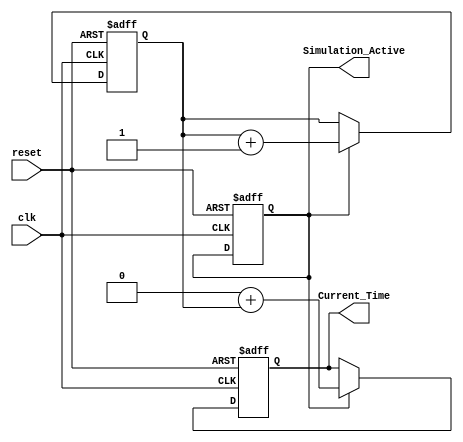
module SimulationTimeInitialization #(
    parameter Start_Time = 0,        // Default start time (in simulation units)
    parameter Time_Resolution = 1     // Default time resolution (e.g., 1 for ms)
)(
    input wire clk,                   // Clock signal
    input wire reset,                 // Reset signal
    output reg [31:0] Current_Time,   // Current simulation time
    output reg Simulation_Active       // Flag indicating if simulation is active
);

    reg [31:0] Time_Counter;           // Internal time counter

    // Initialization process
    initial begin
        Current_Time = Start_Time;    // Set the current time to start time
        Time_Counter = 0;              // Initialize time counter to zero
        Simulation_Active = 1;         // Set simulation active flag to true
    end

    // Update simulation time on each clock cycle
    always @(posedge clk or posedge reset) begin
        if (reset) begin
            Current_Time <= Start_Time; // Reset current time to start time
            Time_Counter <= 0;           // Reset time counter
            Simulation_Active <= 1;      // Reactivate simulation
        end else if (Simulation_Active) begin
            // Update the time counter
            Time_Counter <= Time_Counter + Time_Resolution; // Increment time counter
            Current_Time <= Start_Time + Time_Counter;      // Update current time
        end
    end

    // Additional logic can be added here to handle termination conditions
    // For example, if a certain time limit is reached, set Simulation_Active to 0
    // if (Current_Time >= SOME_TERMINATION_CONDITION) begin
    //     Simulation_Active <= 0;   // Stop simulation
    // end

endmodule